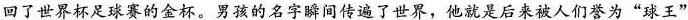
回了世界杯足球赛的金杯。男孩的名字瞬间传遍了世界，他就是后来被人们誉为”球王”